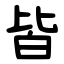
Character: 皆